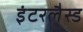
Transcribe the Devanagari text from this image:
इंटरलैस्ड